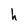
Character: h